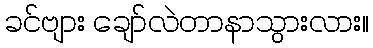
ခင်ဗျား ချော်လဲတာနာသွားလား။